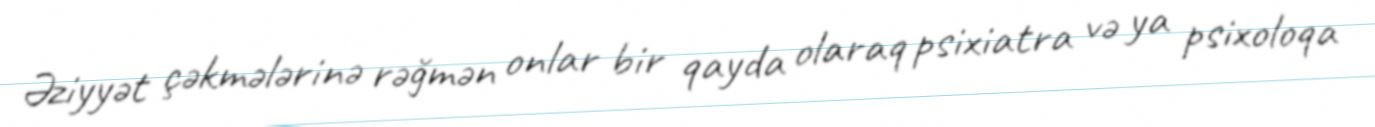
Əziyyət çəkmələrinə rəğmən onlar bir qayda olaraq psixiatra və ya psixoloqa